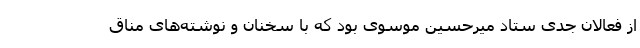
از فعالان جدی ستاد میرحسین موسوی بود که با سخنان و نوشته‌های مناق